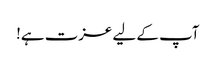
آپ کے لیے عزت ہے!